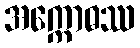
အက္ကောဓဿ